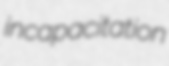
incapacitation